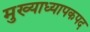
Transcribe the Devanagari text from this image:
मुख्याध्यापकपद